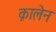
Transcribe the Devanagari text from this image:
क़ालेन